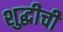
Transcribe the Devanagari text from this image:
शुद्धीची